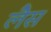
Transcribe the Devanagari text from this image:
लेैस